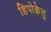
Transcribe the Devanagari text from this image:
हिपोक्रेतु